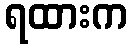
ရထားက